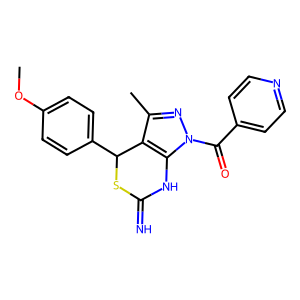
SMILES: COc1ccc(C2SC(=N)Nc3c2c(C)nn3C(=O)c2ccncc2)cc1
Inhibits HIV replication: No